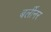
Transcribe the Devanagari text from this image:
बर्लीनर